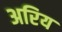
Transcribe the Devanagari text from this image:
अरिय